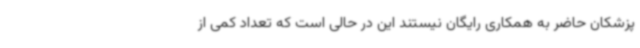
پزشکان حاضر به همکاری رایگان نیستند این در حالی است که تعداد کمی از